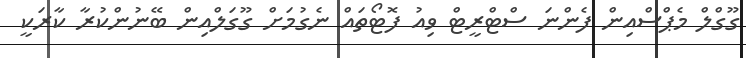
ގޫގްލް މެޕްސްއިން ފެންނަ ސްޓްރީޓް ވިއު ފޮޓޯތައް ނެގުމަށް ގޫގަލްއިން ބޭނުންކުރާ ކާރަކީ